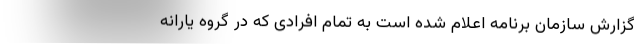
گزارش سازمان برنامه اعلام شده است به تمام افرادی که در گروه یارانه